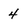
Character: 4